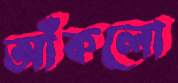
আঁকলো